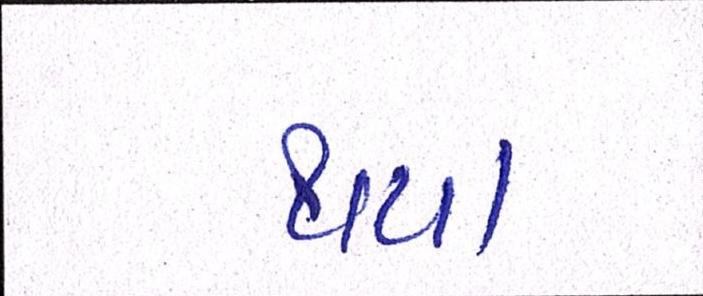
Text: થયા